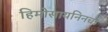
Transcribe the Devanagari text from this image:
हिमोसायनिनचा